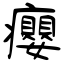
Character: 癭